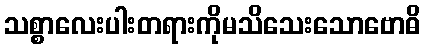
သစ္စာလေးပါးတရားကိုမသိသေးသောဗောဓိ